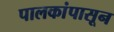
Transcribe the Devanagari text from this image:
पालकांपासून